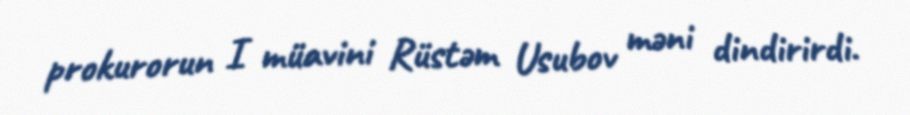
prokurorun I müavini Rüstəm Usubov məni dindirirdi.